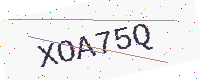
Text: XOA75Q